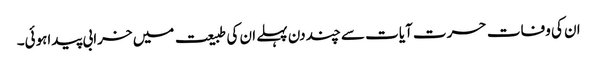
ان کی وفات حسرت آیات سے چند دن پہلے ان کی طبیعت میں خرابی پیداہوئی۔